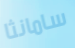
سامانثا